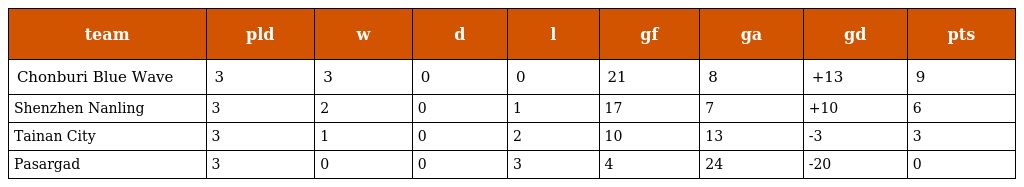
| team | pld | w | d | l | gf | ga | gd | pts |
 | --- | --- | --- | --- | --- | --- | --- | --- | --- |
 | Chonburi Blue Wave | 3 | 3 | 0 | 0 | 21 | 8 | +13 | 9 |
 | Shenzhen Nanling | 3 | 2 | 0 | 1 | 17 | 7 | +10 | 6 |
 | Tainan City | 3 | 1 | 0 | 2 | 10 | 13 | -3 | 3 |
 | Pasargad | 3 | 0 | 0 | 3 | 4 | 24 | -20 | 0 |